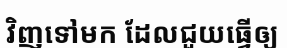
វិញទៅមក ដែលជួយធ្វើឲ្យ